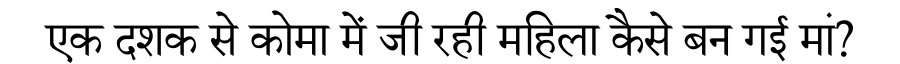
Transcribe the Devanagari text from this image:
एक दशक से कोमा में जी रही महिला कैसे बन गई मां?